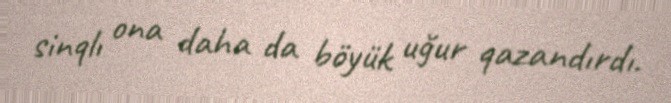
sinqlı ona daha da böyük uğur qazandırdı.